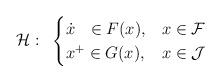
LaTeX: \begin{align*}\mathcal{H}: ~ \begin{cases}\dot{x}~~ \in F(x),& x \in \mathcal{F} \\x^{+} \in G(x),& x \in \mathcal{J}\end{cases}\end{align*}